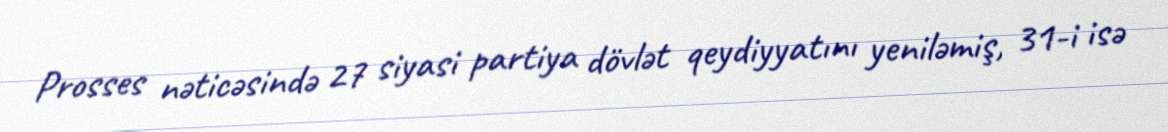
Prosses nəticəsində 27 siyasi partiya dövlət qeydiyyatını yeniləmiş, 31-i isə